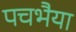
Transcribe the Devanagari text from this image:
पचभैया